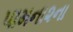
પામના૨ના